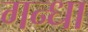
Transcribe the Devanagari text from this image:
गन्धा